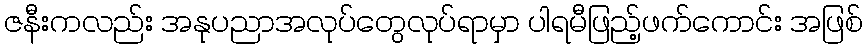
ဇနီးကလည်း အနုပညာအလုပ်တွေလုပ်ရာမှာ ပါရမီဖြည့်ဖက်ကောင်း အဖြစ်